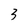
Character: 3